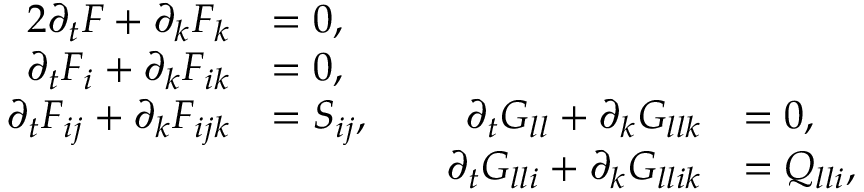
\begin{array} { r l r l } { { 2 } \partial _ { t } F + \partial _ { k } F _ { k } } & { = 0 , } & { \quad } & { \quad } \\ { \partial _ { t } F _ { i } + \partial _ { k } F _ { i k } } & { = 0 , } & { \quad } & { \quad } \\ { \partial _ { t } F _ { i j } + \partial _ { k } F _ { i j k } } & { = S _ { i j } , } & { \quad \partial _ { t } G _ { l l } + \partial _ { k } G _ { l l k } } & { = 0 , } \\ & { \quad } & { \quad \partial _ { t } G _ { l l i } + \partial _ { k } G _ { l l i k } } & { = Q _ { l l i } , } \end{array}